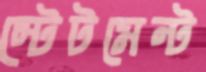
স্টেটমেন্ট